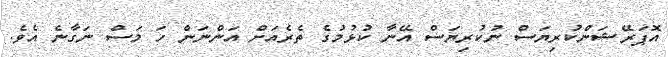
އޮޕަރޭޝަންކުރިޔަސް ނުކުރިޔަސް އޭނާ ކުޅުމުގެ ތެރެއަށް އަންނަން ހަ މަސް ނަގާނެ އެވެ.